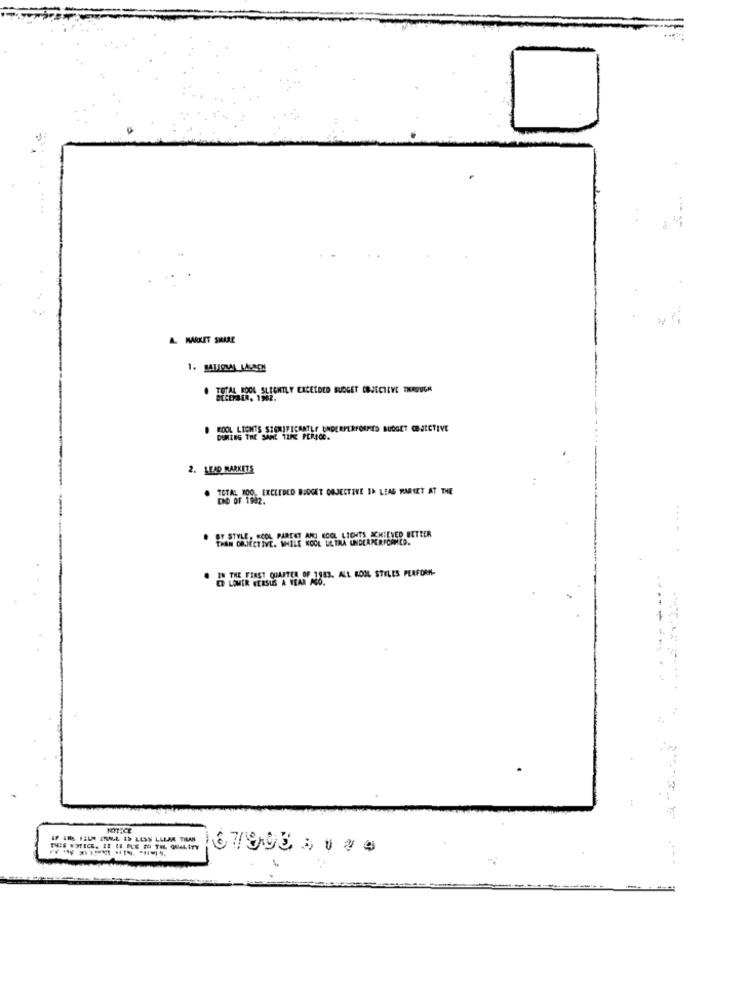
A. MARKET SHARE
. TOTAL LOOK SLIGHTLY CACELDED BUDGET OBJECTIVE THROUGH
KOOL LIGHTS SIGNIFICANTLY UNDERPERFORMES BUDGET OBJECTIVE
2. LEAD MARKETS
. TETAL WOO, EXCEEDED BUDGET OBJECTIVE IN LEAG WAREET AT THE
PARCET AND KOOL LIENTS ACHIEVED BETTER
. THAN OLJECTIVE. WHILE KOOL LETRA UNDLAPERFORMED.
. IS THE FIRST QUARTER OF 1983. ALL KOOL STILES PERFORM-
LOMER VERSUS A YEAR A
-
IF IN FELN ITALL IS LESS LLLAR TILAN
THIS KWICK. IT IS ALE SO THL QUALITY
67993 ,44